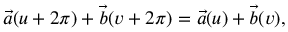
\vec { a } ( u + 2 \pi ) + \vec { b } ( v + 2 \pi ) = \vec { a } ( u ) + \vec { b } ( v ) ,